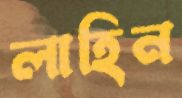
লাহিন